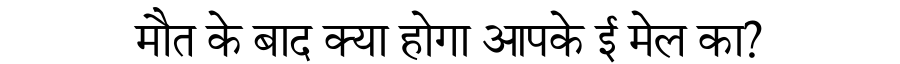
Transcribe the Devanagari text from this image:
मौत के बाद क्या होगा आपके ई मेल का?